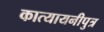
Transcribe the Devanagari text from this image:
कात्यायनीपुत्र